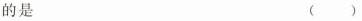
的是 ()